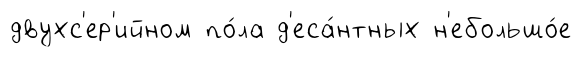
двухс'ер'ийном по́ла д'еса́нтных н'ебольшо́е